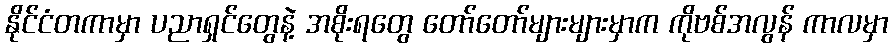
နိုင်ငံတကာမှာ ပညာရှင်တွေနဲ့ အစိုးရတွေ တော်တော်များများမှာက ကိုဗစ်အလွန် ကာလမှာ